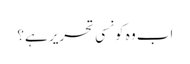
اب وہ کونسی تحریر ہے؟